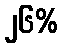
၂၆%